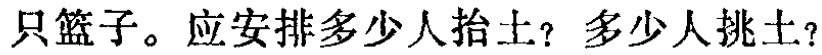
只篮子。应安排多少人抬土？多少人挑土？